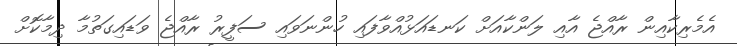
އެމެރިކާއިން ރާއްޖެ އާއި ލަންކާއަށް ކަނޑައަޅުއްވާފައި ހުންނަވައި ސަފީރު ރާއްޖެ ވަޑައިގަތުމާ ދިމާކޮށް